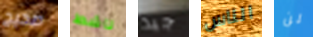
صحيح ناشط جيد الناس لن